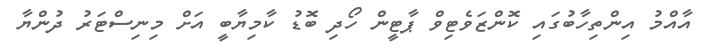
އާއްމު އިންތިހާބުގައި ކޮންޒަވެޓިވް ޕާޓީން ހޯދި ބޮޑު ކާމިޔާބީ އަށް މިނިސްޓަރު ދުންޔާ